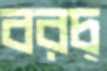
বরচ্